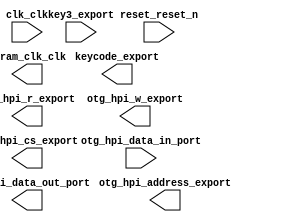

module lab7_soc (
	clk_clk,
	key3_export,
	keycode_export,
	otg_hpi_address_export,
	otg_hpi_cs_export,
	otg_hpi_data_in_port,
	otg_hpi_data_out_port,
	otg_hpi_r_export,
	otg_hpi_w_export,
	reset_reset_n,
	sdram_clk_clk);	

	input		clk_clk;
	input	[7:0]	key3_export;
	output	[15:0]	keycode_export;
	output	[1:0]	otg_hpi_address_export;
	output		otg_hpi_cs_export;
	input	[15:0]	otg_hpi_data_in_port;
	output	[15:0]	otg_hpi_data_out_port;
	output		otg_hpi_r_export;
	output		otg_hpi_w_export;
	input		reset_reset_n;
	output		sdram_clk_clk;
endmodule